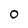
Character: O